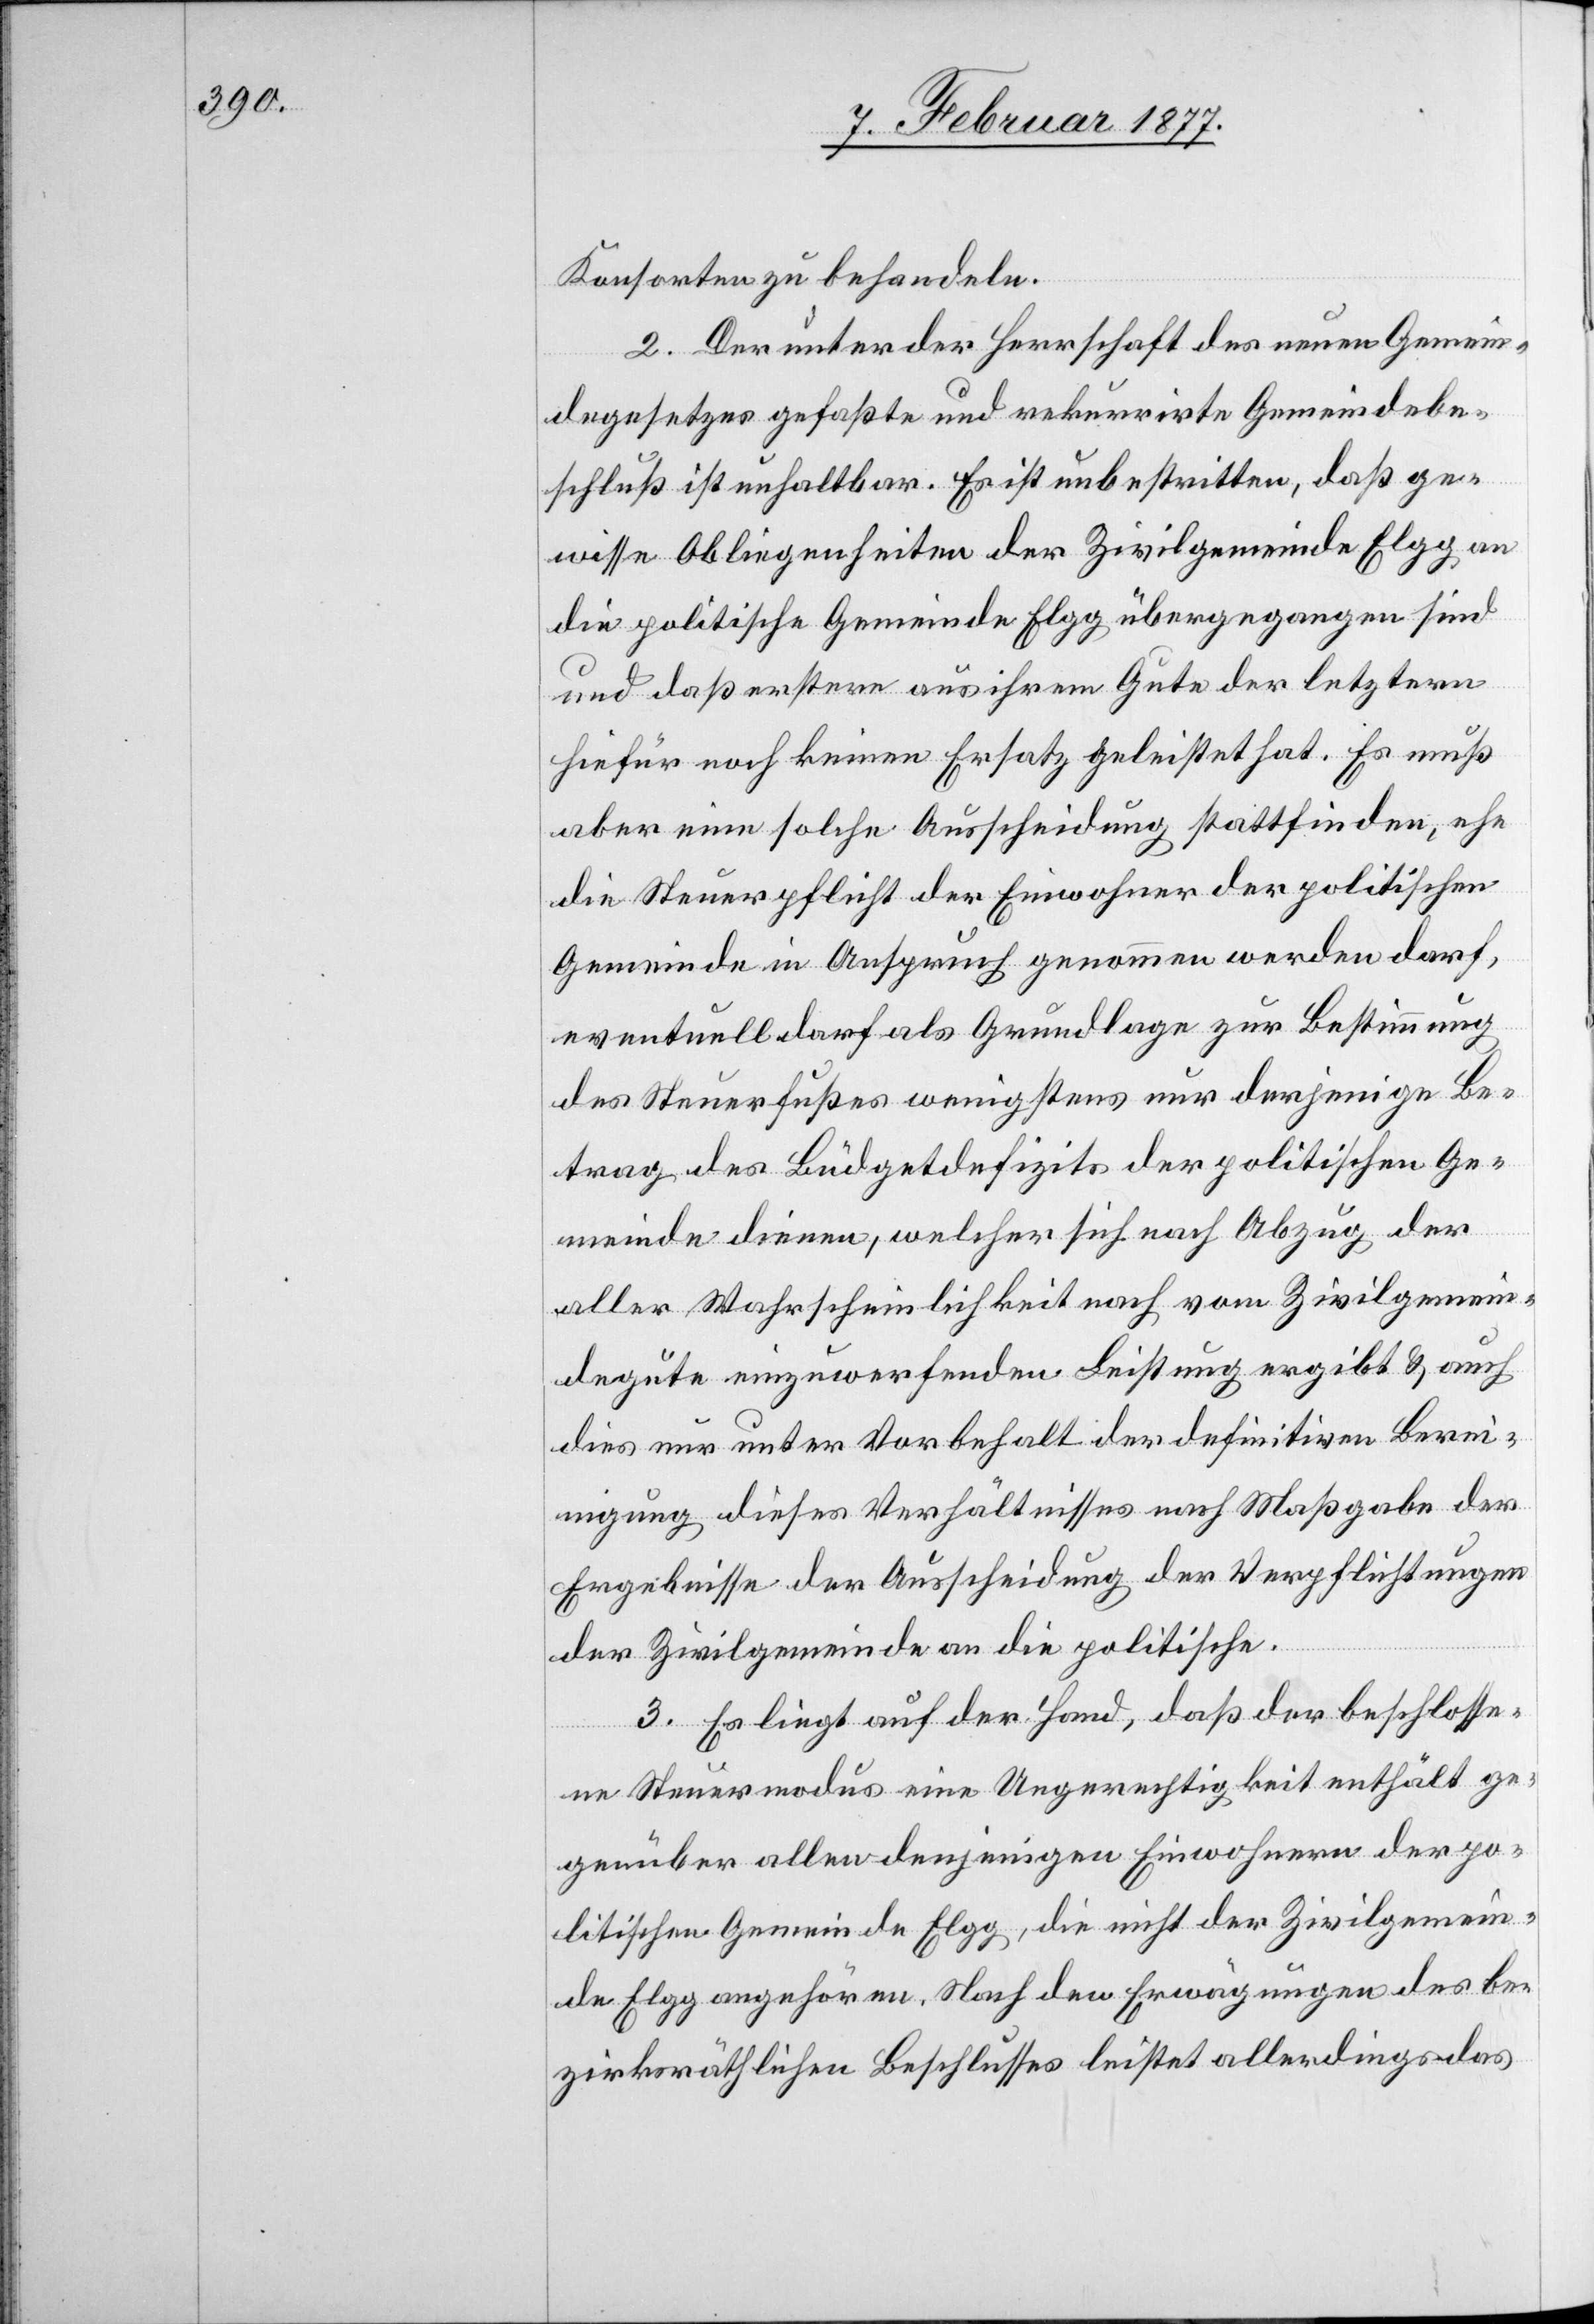
Konsorten zu behandeln.
2. Der unter der Herrschaft des neuen Gemein¬
degesetzes gefaßte und rekurrirte Gemeindebe¬
schluß ist unhaltbar. Es ist unbestritten, daß ge¬
wisse Obliegenheiten der Zivilgemeinde Elgg an
die politische Gemeinde Elgg übergegangen sind
und daß erstere aus ihrem Gute der letztern
hiefür noch keinen Ersatz geleistet hat. Es muß
aber eine solche Ausscheidung stattfinden, ehe
die Steuerpflicht der Einwohner der politischen
Gemeinde in Anspruch genommen werden darf,
eventuell darf als Grundlage zur Bestimmung
des Steuerfußes wenigstens nur derjenige Be¬
trag des Büdgetdefizits der politischen Ge¬
meinde dienen, welcher sich nach Abzug der
aller Wahrscheinlichkeit nach vom Zivilgemein¬
degute einzuwerfenden Leistung ergibt & auch
dies nur unter Vorbehalt der definitiven Bere¬
inigung dieses Verhältnisses nach Maßgabe der
Ergebnisse der Ausscheidung der Verpflichtungen
der Zivilgemeinde an die politische.
3. Es liegt auf der Hand, daß der beschlosse¬
ne Steuermodus eine Ungerechtigkeit enthält ge¬
genüber allen denjenigen Einwohnern der po¬
litischen Gemeinde Elgg, die nicht der Zivilgemein¬
de Elgg angehören. Nach den Erwägungen des be¬
zirksräthlichen Beschlusses leistet allerdings das